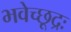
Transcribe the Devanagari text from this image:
भवेच्छूद्रः